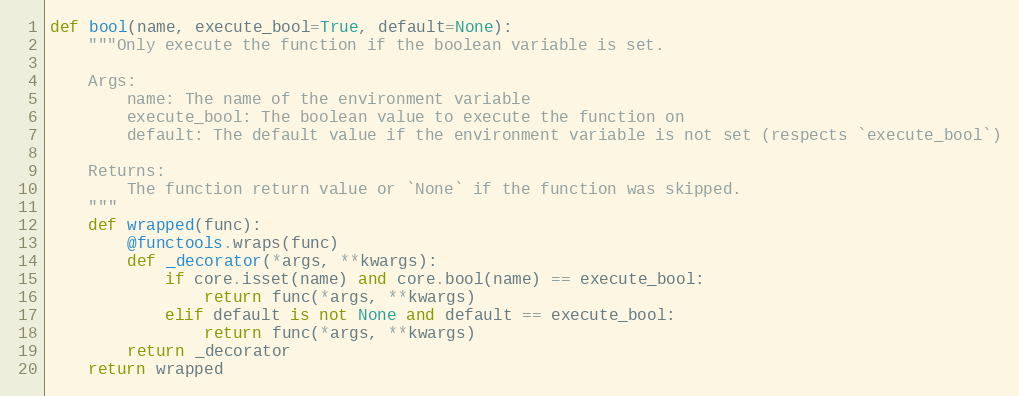
Language: Python
def bool(name, execute_bool=True, default=None):
    """Only execute the function if the boolean variable is set.

    Args:
        name: The name of the environment variable
        execute_bool: The boolean value to execute the function on
        default: The default value if the environment variable is not set (respects `execute_bool`)

    Returns:
        The function return value or `None` if the function was skipped.
    """
    def wrapped(func):
        @functools.wraps(func)
        def _decorator(*args, **kwargs):
            if core.isset(name) and core.bool(name) == execute_bool:
                return func(*args, **kwargs)
            elif default is not None and default == execute_bool:
                return func(*args, **kwargs)
        return _decorator
    return wrapped